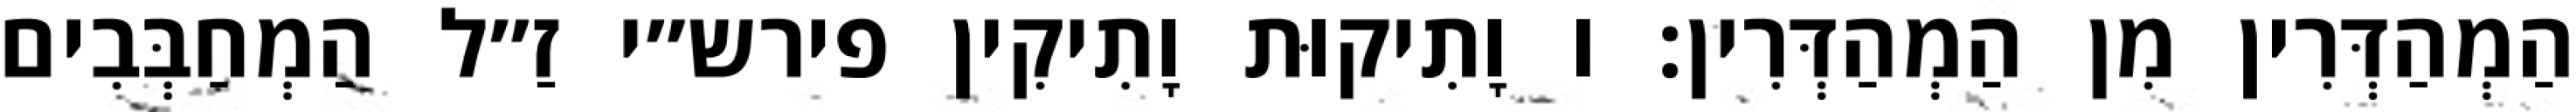
הַמְהַדְּרִין מִן הַמְהַדְּרִין: ו וָתִיקוּת וָתִיקִין פירש״י זַ״ל הַמְחַבְּבִים